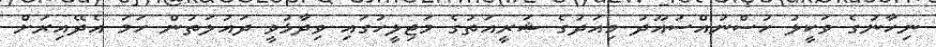
ނިހާނުގެ ވަކީލު ހުސްނުއްސުއޫދު މިއަދުގެ ޝަރީއަތުގެ މަޖިލީހުގައި ވިދާޅުވީ ދައުލަތުން ހަމަ އެދޭއިރަށް